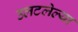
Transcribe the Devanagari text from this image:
उलटलेल्या